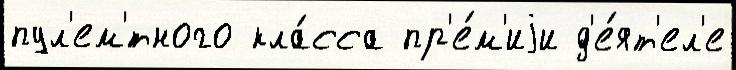
пул'ем'́тного кла́сса пр'е́м'иjи д'е́ят'ел'е